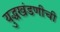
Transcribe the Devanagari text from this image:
युद्धखंडणीची